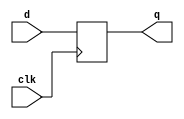
module d_ff_posedge(input d,clk,output reg q);
  always@(posedge clk)
    q<=d;
endmodule